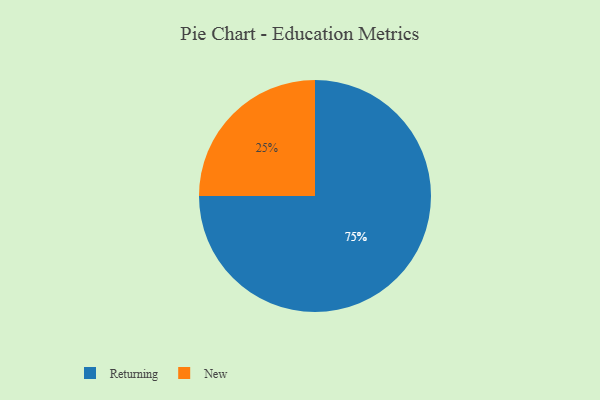
{"axis": {"x": "Category", "y": "Percentage"}, "legend": ["New", "Returning"], "data": [{"x": "New", "y": 25, "type": "New"}, {"x": "Returning", "y": 75, "type": "Returning"}]}